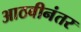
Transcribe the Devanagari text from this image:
आठवीनंतर